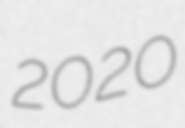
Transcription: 2020